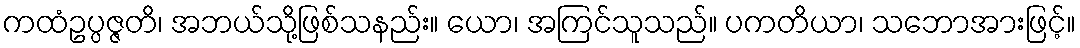
ကထံဥပ္ပဇ္ဇတိ၊ အဘယ်သို့ဖြစ်သနည်း။ ယော၊ အကြင်သူသည်။ ပကတိယာ၊ သဘောအားဖြင့်။